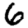
Digit: 6